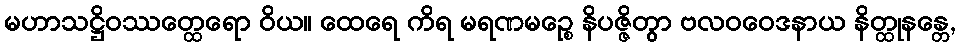
မဟာသဋ္ဌိဝဿတ္ထေရော ဝိယ။ ထေရေ ကိရ မရဏမဉ္စေ နိပဇ္ဇိတွာ ဗလဝဝေဒနာယ နိတ္ထုနန္တေ,